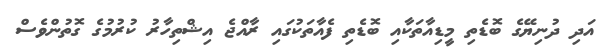
އަދި ދުނިޔޭގެ ބޮޑެތި މީޑިއާތަކާއި ބޮޑެތި ފެއާތަކުގައި ރާއްޖެ އިޝްތިހާރު ކުރުމުގެ ގޮތުންވެސް